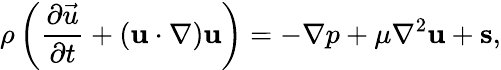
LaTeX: \rho\left(\frac{\partial\vec{u}}{\partial{t}}+\left(\mathbf{{u}}\cdot\nabla\right)\mathbf{{u}}\right)=-\nabla p+\mu\nabla^{2}\mathbf{{u}}+\mathbf{{s}},